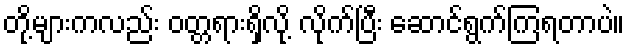
တို့များကလည်း ဝတ္တရားရှိလို့ လိုက်ပြီး ဆောင်ရွက်ကြရတာပဲ။